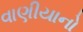
વાણીયાનો